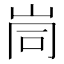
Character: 峝